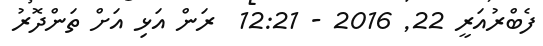
ފެބްރުއަރީ 22